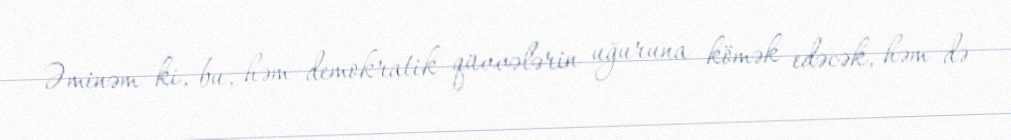
Əminəm ki, bu, həm demokratik qüvvələrin uğuruna kömək edəcək, həm də